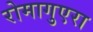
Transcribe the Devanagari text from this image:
रोमागुएरा